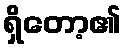
ရှိတော့၏